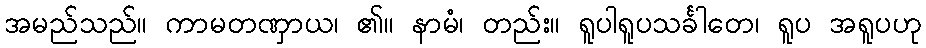
အမည်သည်။ ကာမတဏှာယ၊ ၏။ နာမံ၊ တည်း။ ရူပါရူပသင်္ခါတေ၊ ရူပ အရူပဟု